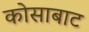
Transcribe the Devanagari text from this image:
कोसाबाट